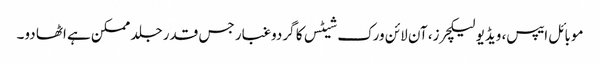
موبائل ایپس، ویڈیو لیکچرز، آن لائن ورک شیٹس کا گردوغبار جس قدر جلد ممکن ہے اٹھا دو۔